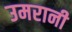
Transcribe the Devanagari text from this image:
उमरानी